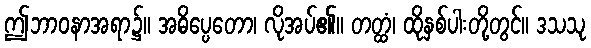
ဤဘာဝနာအရာ၌။ အဓိပ္ပေတော၊ လိုအပ်၏။ တတ္ထံ၊ ထိုနှစ်ပါးတို့တွင်။ ဒသသု